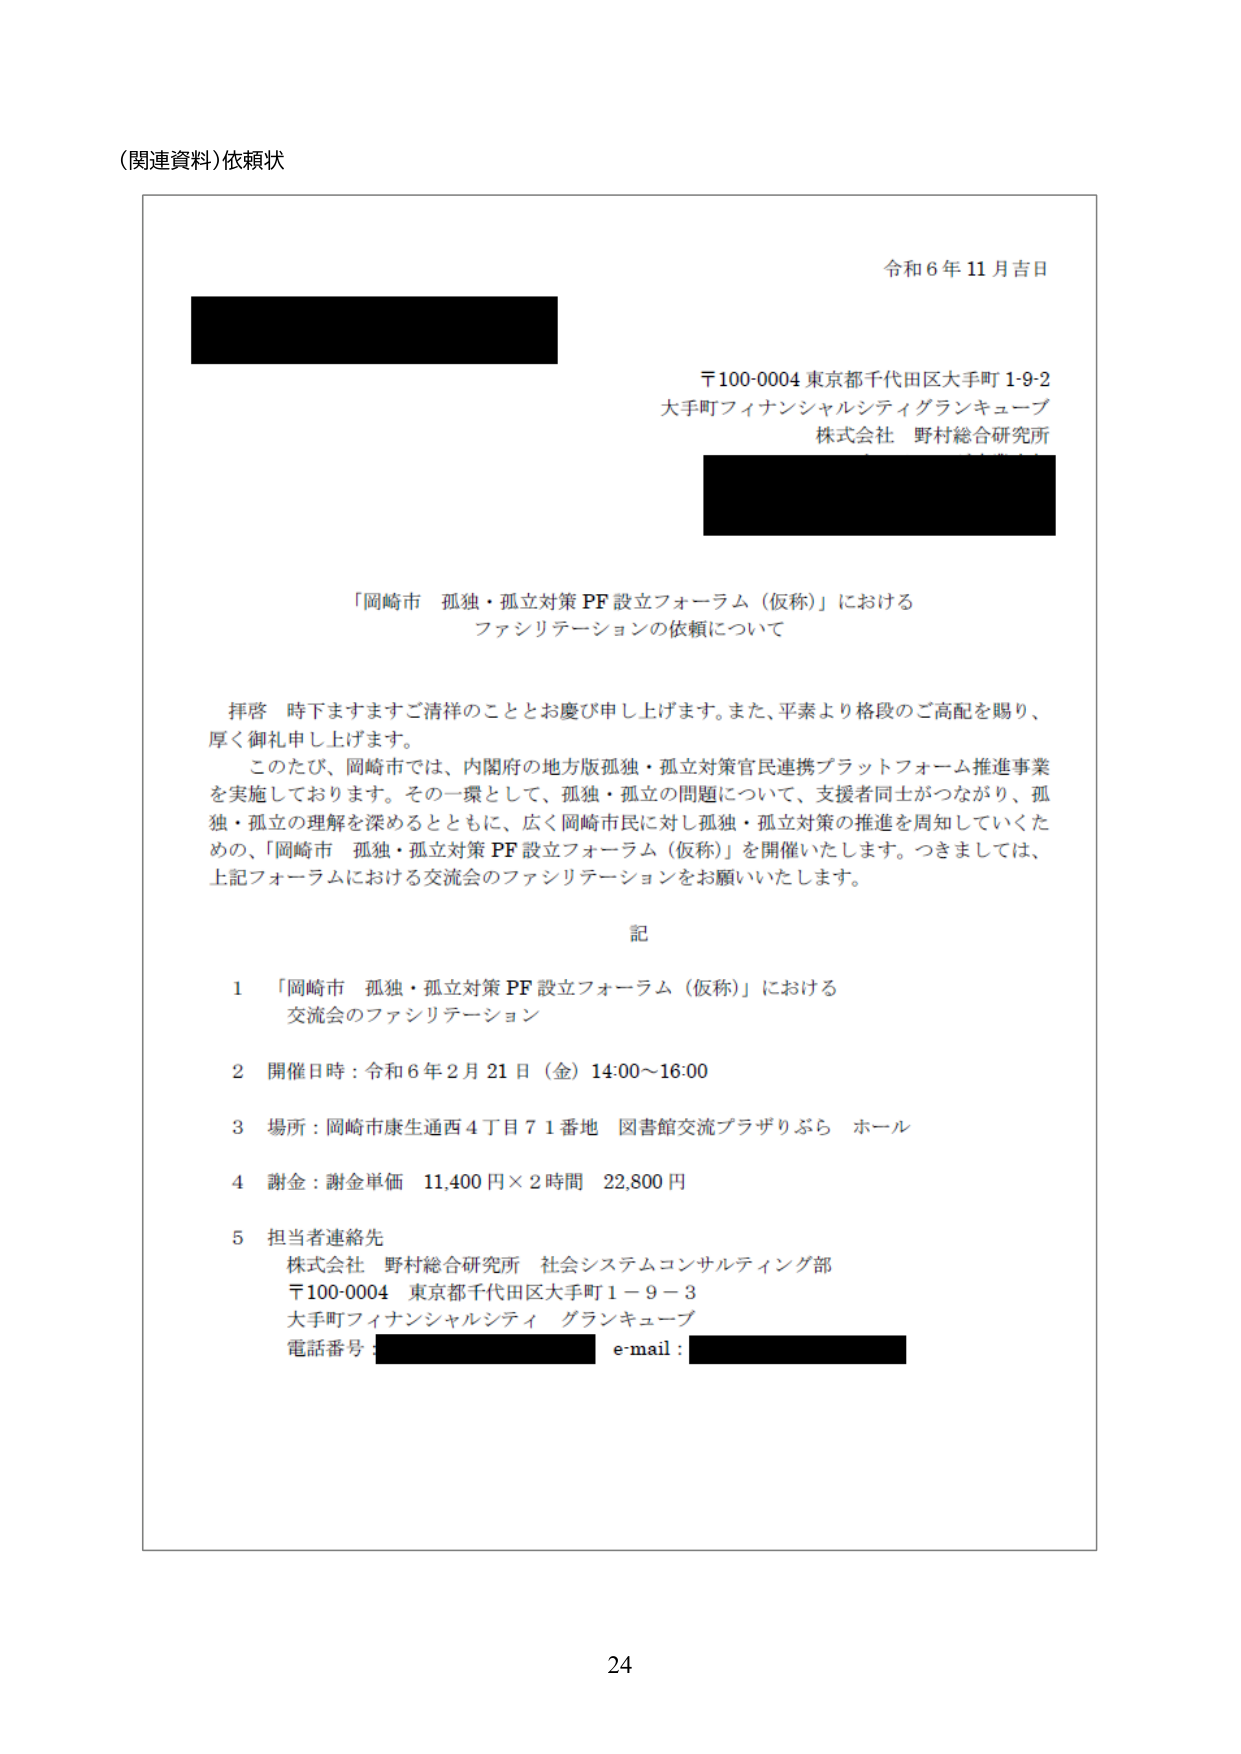
（関連資料）依頼状

令和６年11月吉日

〒100-0004 東京都千代田区大手町1-9-2
大手町フィナンシャルシティグランキューブ
株式会社 野村総合研究所

「岡崎市 孤独・孤立対策PF設立フォーラム（仮称）」における
ファシリテーションの依頼について

拝啓 時下ますますご清祥のこととお慶び申し上げます。また、平素より格段のご高配を賜り、
厚く御礼申し上げます。

このたび、岡崎市では、内閣府の地方版孤独・孤立対策官民連携プラットフォーム推進事業
を実施しております。その一環として、孤独・孤立の問題について、支援者同士がつながり、孤独・孤立の理解を深めるとともに、広く岡崎市民に対し孤独・孤立対策の推進を周知していくための、「岡崎市 孤独・孤立対策PF設立フォーラム（仮称）」を開催いたします。つきましては、
上記フォーラムにおける交流会のファシリテーションをお願いいたします。

記

1 「岡崎市 孤独・孤立対策PF設立フォーラム（仮称）」における
　交流会のファシリテーション

2 開催日時：令和6年2月21日（金）14:00～16:00

3 場所：岡崎市康生通西4丁目71番地 図書館交流プラザりぶら ホール

4 謝金：謝金単価 11,400円×2時間 22,800円

5 担当者連絡先
　株式会社 野村総合研究所 社会システムコンサルティング部
　〒100-0004 東京都千代田区大手町1－9－3
　大手町フィナンシャルシティ グランキューブ
　電話番号：[黒塗り] e-mail：[黒塗り]

24